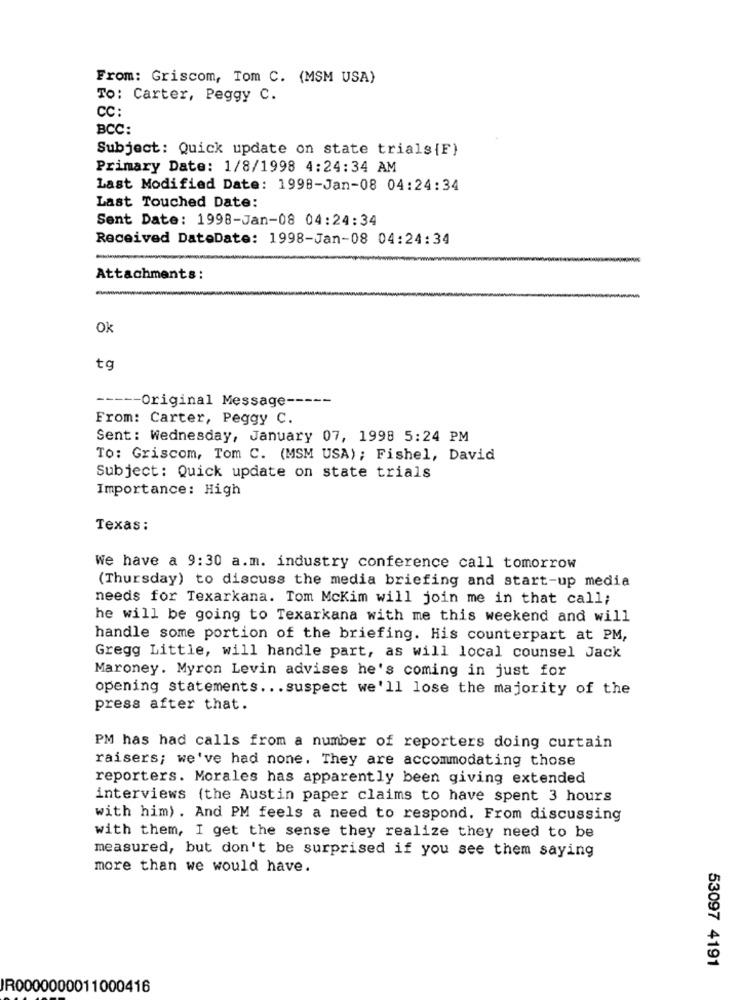
From: Griscom, Tom C. (MSM USA)
To: Carter, Peggy C.
CC:
BCC:
Subject: Quick update on state trials {F}
Primary Date: 1/8/1998 4:24:34 AM
Last Modified Date: 1998-Jan-08 04:24:34
Last Touched Date:
Sent Date: 1998-Jan-08 04:24:34
Received DateDate: 1998-Jan-08 04:24:34
Attachments:
Ok
tg
----- Original Message -----
From: Carter, Peggy C.
Sent: Wednesday, January 07, 1998 5:24 PM
To: Griscom, Tom C. (MSM USA); Fishel, David
Subject: Quick update on state trials
Importance: High
Texas:
We have a 9:30 a.m. industry conference call tomorrow
(Thursday) to discuss the media briefing and start-up media
needs for Texarkana. Tom McKim will join me in that call;
he will be going to Texarkana with me this weekend and will
handle some portion of the briefing. His counterpart at PM,
Gregg Little, will handle part, as will local counsel Jack
Maroney. Myron Levin advises he's coming in just for
opening statements ... suspect we'll lose the majority of the
press after that.
PM has had calls from a number of reporters doing curtain
raisers; we've had none. They are accommodating those
reporters. Morales has apparently been giving extended
interviews (the Austin paper claims to have spent 3 hours
with him) . And PM feels a need to respond. From discussing
with them, I get the sense they realize they need to be
measured, but don't be surprised if you see them saying
more than we would have.
53097 4191
IR0000000011000416